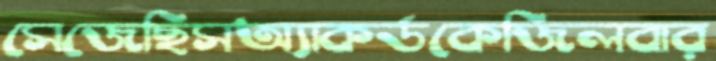
সেজেছিসঅ্যাকর্ডকেজিলবার